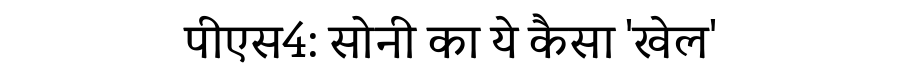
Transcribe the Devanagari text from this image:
पीएस4: सोनी का ये कैसा 'खेल'